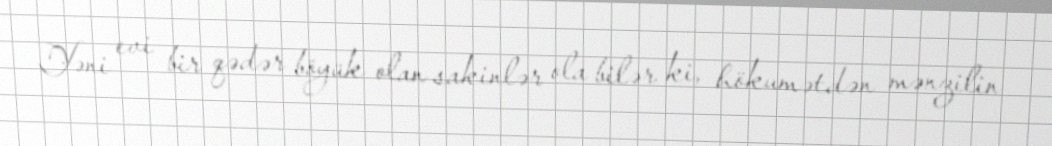
Yəni evi bir qədər böyük olan sakinlər ola bilər ki, hökumətdən mənzilin